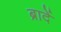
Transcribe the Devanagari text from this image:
ब्रादें